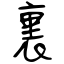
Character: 裏